画像に写った文字を読んでください
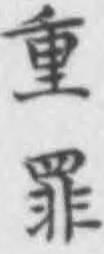
「重罪」と書いてあります